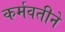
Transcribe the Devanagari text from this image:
कर्मवतीने